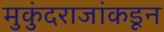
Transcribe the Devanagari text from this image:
मुकुंदराजांकडून